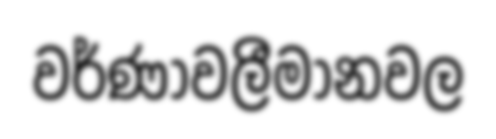
වර්ණාවලීමානවල